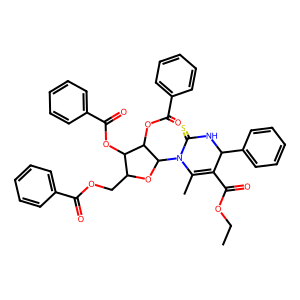
SMILES: CCOC(=O)C1=C(C)N(C2OC(COC(=O)c3ccccc3)C(OC(=O)c3ccccc3)C2OC(=O)c2ccccc2)C(=S)NC1c1ccccc1
Inhibits HIV replication: No